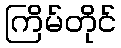
ကြိမ်တိုင်